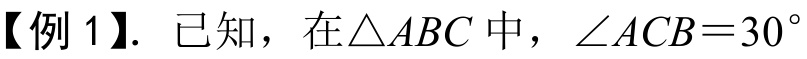
【例 1】. 已知，在\(\triangle ABC\)中，\(\angle ACB = 30^{\circ}\)